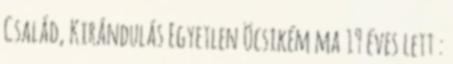
Család, Kirándulás Egyetlen Öcsikém ma 19 éves lett :